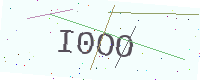
Text: I0OO